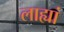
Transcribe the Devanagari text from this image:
लाह्यां